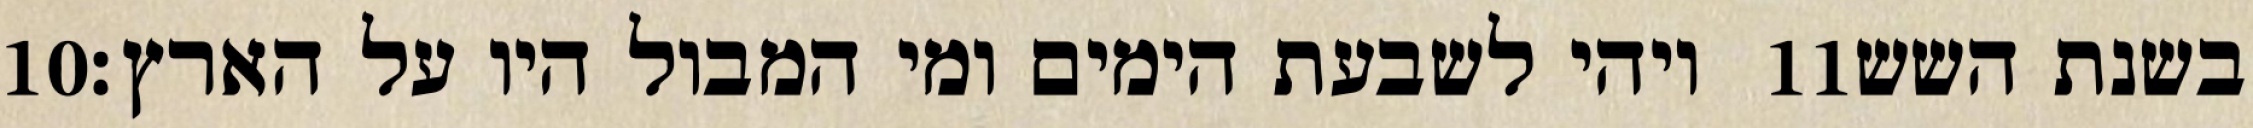
‎10‏ ויהי לשבעת הימים ומי המבול היו על הארץ׃ ‎11‏ בשנת השש